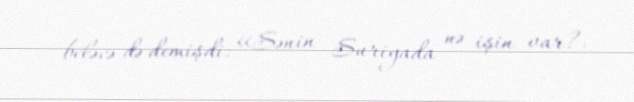
beləcə də demişdi: «Sənin Suriyada nə işin var?.